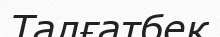
Талғатбек